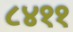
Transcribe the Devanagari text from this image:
८४११